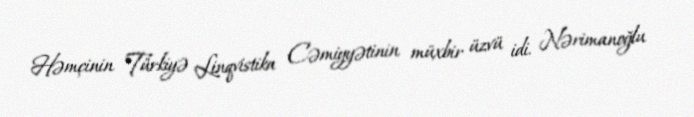
Həmçinin Türkiyə Linqvistika Cəmiyyətinin müxbir üzvü idi. Nərimanoğlu